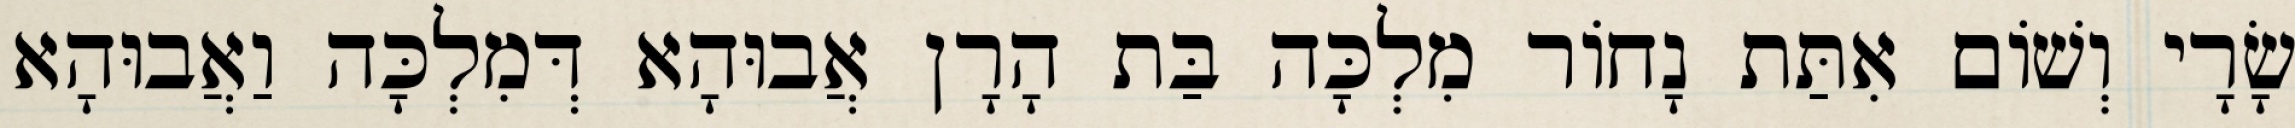
שָׂרָי וְשׁוֹם אִתַּת נָחוֹר מִלְכָּה בַּת הָרָן אֲבוּהָא דְּמִלְכָּה וַאֲבוּהָא